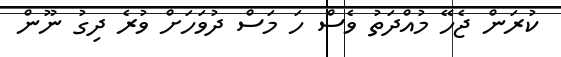
ކުރަން ޖެހޭ މުއްދަތު ވެސް ހަ މަސް ދުވަހަށް ވުރެ ދިގު ނޫން